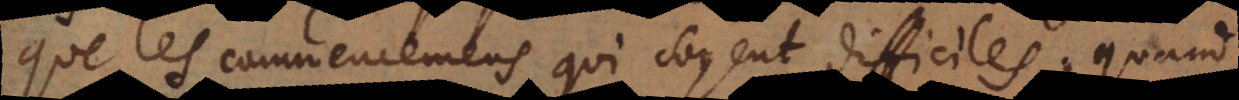
que les commencemens qui soyent difficiles; quand